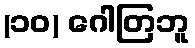
(၁၀) ဂေါတြဘူ